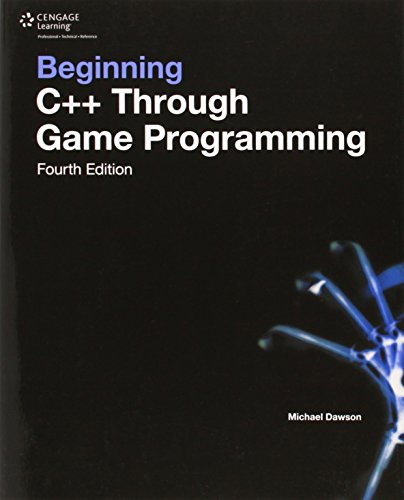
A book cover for Beginning C++ Through Game Programming; Michael Dawson; Computers & Technology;